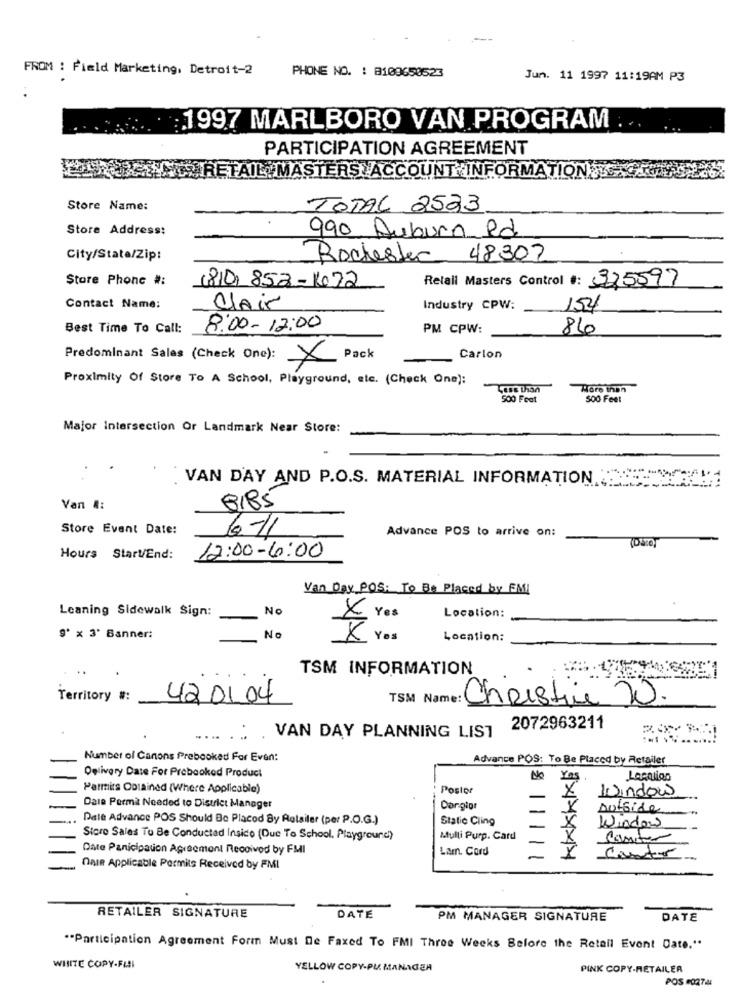
FROM : Field Marketing, Detroit-2
PHONE NO. : 8109650523
Jun. 11 1997 11:19AM P3
: 1997 MARLBORO VAN PROGRAM
PARTICIPATION AGREEMENT
RETAIL MASTERS ACCOUNT INFORMATION
Store Name:
TOTAL 2523
Store Address:
990, Auburn Rd
City/State/Zip:
Rochester 48302
Store Phonc #:
(810) 852-1022
Retail Masters Control #: 325597
Contact Name:
Clair
Industry CPW:
154
Best Time To Call:
8:00-12:00
PM CPW:
86
Predominant Salas (Check One):
Pack
Carlon
×
Proximity Of Store To A School, Playground, etc. (Check One):
More than
500 Feet
500 Feet
Major Intersection Or Landmark Near Store:
VAN DAY AND P.O.S. MATERIAL INFORMATION .. 5:
Van &:
8/85
Store Event Date:
6-11
Advance POS to arrive on:
Hours Start/End:
12:00-6:00
Van_Day POS: To Be Placed by FM
Leaning Sidewalk Sign:
No
X Yes
Location:
9' × 3' Banner:
No
X Yos
Location:
TSM INFORMATION
Territory #:
42 01 04
TSM Name:
Christine 20.
2072963211
....
VAN DAY PLANNING LIST
Number of Canons Prebooked For Even:
Advance POS: To Be Placed by Retailer
Delivery Date For Prebooked Product
No
Ya
Parmits Obtained (Where Applicable)
Postor
Window
Dale Perma Needed to District Manager
Dargior
outside
Dale Advance POS Should Be Placed By Retailer (per P.O.G.)
Static Cling
Windows
Store Sales To Be Conducted Insico (Due To School, Playground)
Mulli Purp. Card
Santer
Date Panicipation Agreement Received by FMI
Lam. Cord
DAIR Applicable Permits Received by FMI
RETAILER SIGNATURE
DATE
PM MANAGER SIGNATURE
DATE
"Participation Agreement Form Must De Faxed To FMI Three Weeks Before the Retail Event Date."
WHITE COPY-FINI
YELLOW COPY-PL MANAGEA
PINK COPY-RETAILER
POS 102744